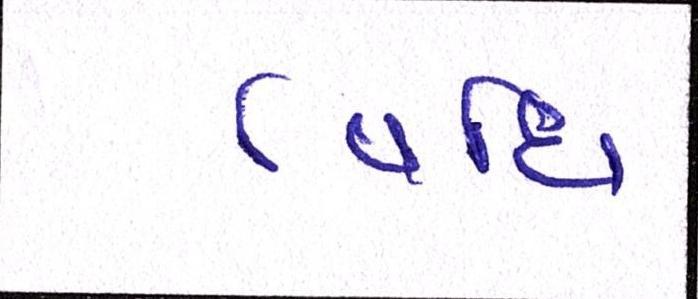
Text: વિધિ